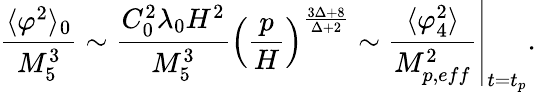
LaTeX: \frac{\langle\varphi^{2}\rangle_{0}}{M_{5}^{3}}\sim\frac{C_{0}^{2}\lambda_{0}H^{2}}{M_{5}^{3}}\left(\frac{p}{H}\right)^{\frac{3\Delta+8}{\Delta+2}}\sim\left.\frac{\langle\varphi_{4}^{2}\rangle}{M_{p,eff}^{2}}\right\vert_{t=t_{p}}.